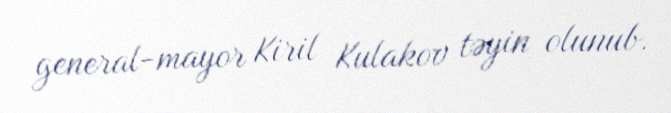
general-mayor Kiril Kulakov təyin olunub.